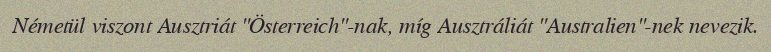
Németül viszont Ausztriát "Österreich"-nak, míg Ausztráliát "Australien"-nek nevezik.